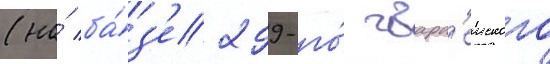
(на́ ба́з'е 299-го́ гвард'еиского